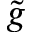
\tilde { g }